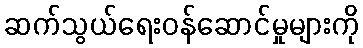
ဆက်သွယ်ရေးဝန်ဆောင်မှုများကို